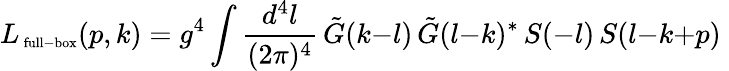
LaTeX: L_{\mathrm{\scriptsize~full-box}}(p,k)=g^{4}\int{\frac{d^{4}l}{(2\pi)^{4}}}\, \tilde{G}(k{-}l)\, \tilde{G}(l{-}k)^{*}\, S(-l)\, S(l{-}k{+}p)\;